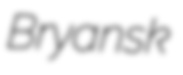
Bryansk